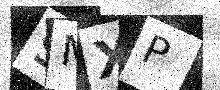
Text: 9MXP